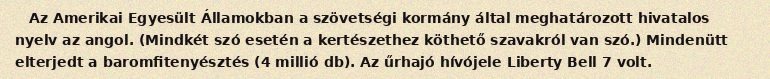
Az Amerikai Egyesült Államokban a szövetségi kormány által meghatározott hivatalos nyelv az angol. (Mindkét szó esetén a kertészethez köthető szavakról van szó.) Mindenütt elterjedt a baromfitenyésztés (4 millió db). Az űrhajó hívójele Liberty Bell 7 volt.